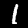
Label: 1